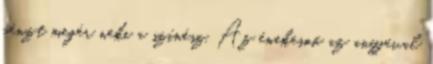
pénzt megér neki a színész. Az énekesnő az anyjával